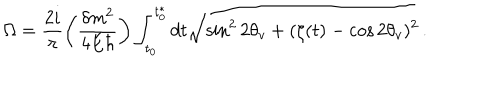
LaTeX: \Omega = \frac { 2 i } { \pi } \left( \frac { \delta m ^ { 2 } } { 4 E \hbar } \right) \int _ { t _ { 0 } } ^ { t _ { 0 } ^ { * } } { d t \sqrt { \sin ^ { 2 } { 2 \theta _ { v } } + ( \zeta ( t ) - \cos { 2 \theta _ { v } } ) ^ { 2 } } } \, .